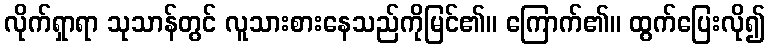
လိုက်ရှာရာ သုသာန်တွင် လူသားစားနေသည်ကိုမြင်၏။ ကြောက်၏။ ထွက်ပြေးလို၍